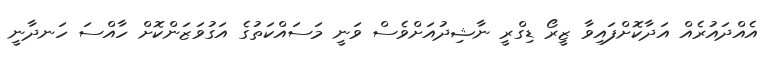
އެއްދައުރެއް އަދާކޮށްފައިވާ ޒީރޯ ޑިގްރީ ނާޝިދުއަށްވެސް ވަނީ މަސައްކަތުގެ އަގުވަޒަންކޮށް ހާއްސަ ހަނދާނީ